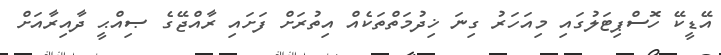
އޭޑީކޭ ހޮސްޕިޓަލުގައި މިއަހަރު ގިނަ ޚިދުމަތްތަކެއް އިތުރަށް ފަށައި ރާއްޖޭގެ ޞިއްޙީ ދާއިރާއަށް